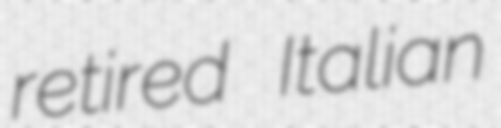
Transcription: retired Italian